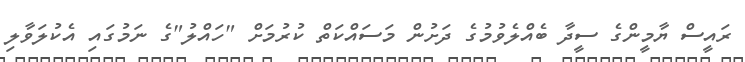
ރައީސް ޔާމީންގެ ސީދާ ބެއްލެވުމުގެ ދަށުން މަސައްކަތް ކުރުމަށް "ހައްލު"ގެ ނަމުގައި އެކުލަވާލި